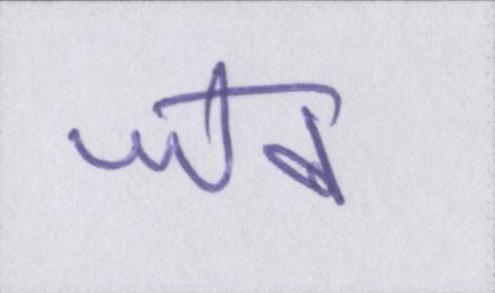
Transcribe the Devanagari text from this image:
जेब